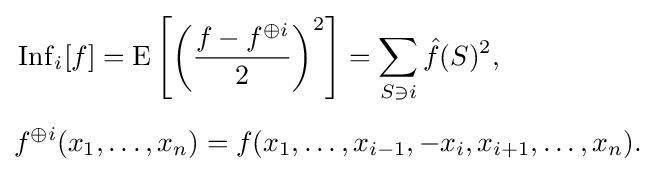
{\begin{aligned}&\operatorname {Inf} _{i}[f]=\operatorname {E} \left[\left({\frac {f-f^{\oplus i}}{2}}\right)^{2}\right]=\sum _{S\ni i}{\hat {f}}(S)^{2},\\[5pt]&f^{\oplus i}(x_{1},\ldots ,x_{n})=f(x_{1},\ldots ,x_{i-1},-x_{i},x_{i+1},\ldots ,x_{n}).\end{aligned}}